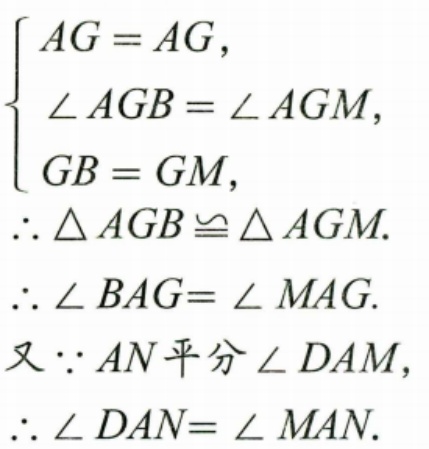
\begin{align*}
&\begin{cases}
AG = AG,\\
\angle AGB=\angle AGM,\\
GB = GM,
\end{cases}\\
&\therefore \triangle AGB\cong\triangle AGM.\\
&\therefore \angle BAG = \angle MAG.\\
&\text{又}\because AN\text{平分}\angle DAM,\\
&\therefore \angle DAN=\angle MAN.
\end{align*}